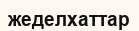
жеделхаттар